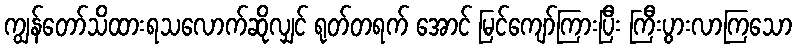
ကျွန်တော်သိထားရသလောက်ဆိုလျှင် ရုတ်တရက် အောင် မြင်ကျော်ကြားပြီး ကြီးပွားလာကြသော